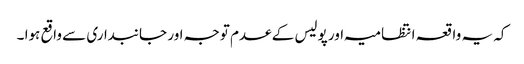
کہ یہ واقعہ انتظامیہ اور پولیس کے عدم توجہ اور جانبداری سے واقع ہوا ۔